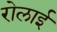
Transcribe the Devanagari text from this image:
रोलाई